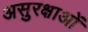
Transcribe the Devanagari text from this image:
असुरक्षाओं